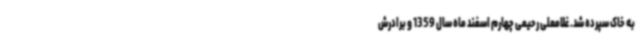
به خاک سپرده شد. غلامعلی رحیمی چهارم اسفند ماه سال 1359 و برادرش